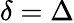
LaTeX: \delta=\Delta